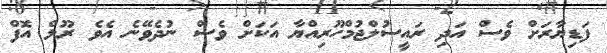
ފަޑިޔާރަށް ވެސް އަދި ރައީސުލްޖުމްހޫރިއްޔާ އަކަށް ވެސް ނުދެވޭނެ އެވެ ރޫލް އޮފް